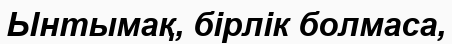
Ынтымақ, бірлік болмаса,